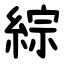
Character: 綜